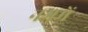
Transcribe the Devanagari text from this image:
नगमें